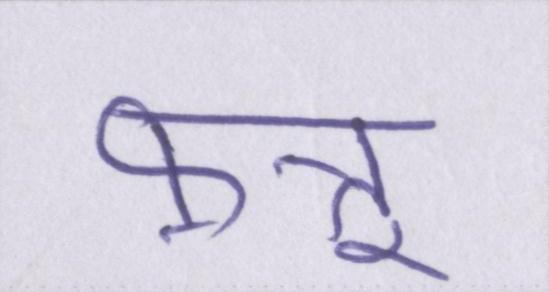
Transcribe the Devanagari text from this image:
फ़त्तू